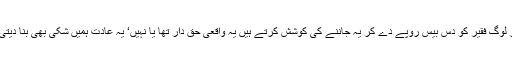
فرمایا گدا گروں کا پیچھا نہ کیا کرو‘ ہم میں سے بے شمار لوگ فقیر کو دس بیس روپے دے کر یہ جاننے کی کوشش کرتے ہیں یہ واقعی حق دار تھا یا نہیں‘ یہ عادت ہمیں شکی بھی بنا دیتی ہے اور یہ صدقے اور خیرات سے بھی دور کر دیتی ہے۔